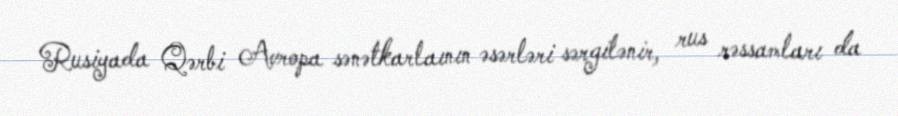
Rusiyada Qərbi Avropa sənətkarlaının əsərləri sərgilənir, rus rəssamları da